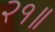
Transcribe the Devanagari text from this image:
२१॥